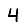
Digit: 4